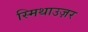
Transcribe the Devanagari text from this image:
स्मिथाउज़र